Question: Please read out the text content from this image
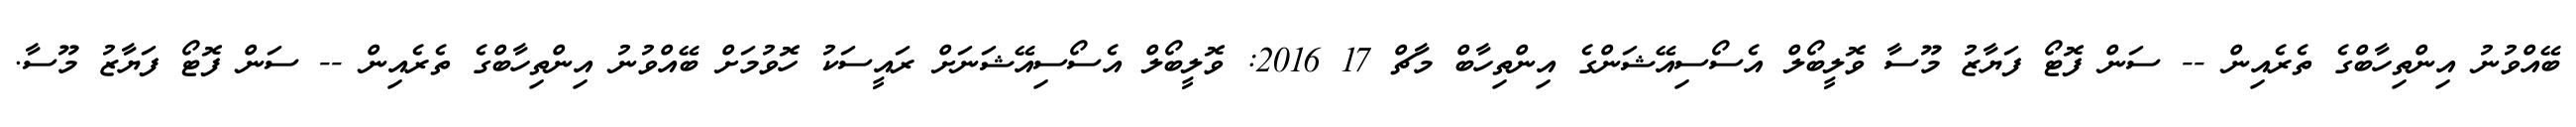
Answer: ބޭއްވުނު އިންތިހާބްގެ ތެރެއިން -- ސަން ފޮޓޯ ފަޔާޒު މޫސާ ވޮލީބޯލް އެސޯސިއޭޝަންގެ އިންތިހާބް މާޗް 17 2016: ވޮލީބޯލް އެސޯސިއޭޝަނަށް ރައީސަކު ހޮވުމަށް ބޭއްވުނު އިންތިހާބްގެ ތެރެއިން -- ސަން ފޮޓޯ ފަޔާޒު މޫސާ.